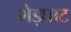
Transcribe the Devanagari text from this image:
भेड़घाट